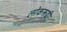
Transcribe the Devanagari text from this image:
लोकरूढी